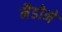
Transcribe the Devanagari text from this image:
मैडोने